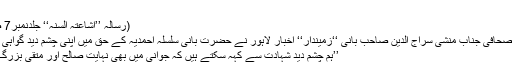
‘‘
(رسالہ ’’اشاعتہ السنہ‘‘ جلدنمبر7 ص 6)
مشہورصحافی جناب منشی سراج الدین صاحب بانی ‘‘زمیندار‘‘ اخبار لاہور نے حضرت بانی سلسلہ احمدیہ کے حق میں اپنی چشم دید گواہی دی کہ
’’ہم چشم دید شہادت سے کہہ سکتے ہیں کہ جوانی میں بھی نہایت صالح اور متقی بزرگ تھے۔